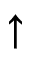
\mathord { \uparrow }